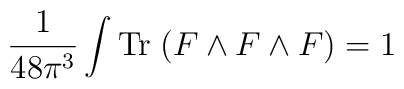
\frac{1}{48 \pi^3}\int {\rm Tr}\; (F \wedge F \wedge F) = 1